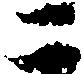
二